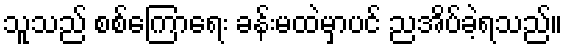
သူသည် စစ်ကြောရေး ခန်းမထဲမှာပင် ညအိပ်ခဲ့ရသည်။